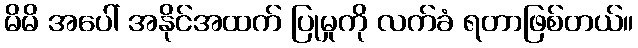
မိမိ အပေါ် အနိုင်အထက် ပြုမှုကို လက်ခံ ရတာဖြစ်တယ်။